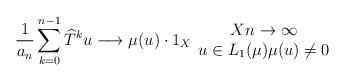
LaTeX: \begin{align*}\frac{1}{a_{n}}\sum_{k=0}^{n-1}\widehat{T}^{k}u\longrightarrow\mu(u)\cdot1_{X}\begin{array}[c]{c}Xn\rightarrow\infty\\u\in L_{1}(\mu)\mu(u)\neq0\end{array}\end{align*}